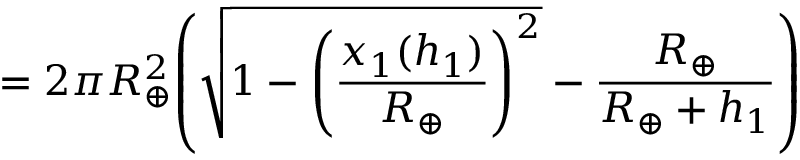
= 2 \pi { R _ { \oplus } ^ { 2 } } { \left( { { \sqrt { 1 - { \left( { \frac { x _ { 1 } ( { h _ { 1 } } ) } { R _ { \oplus } } } \right) ^ { 2 } } } } - { \frac { R _ { \oplus } } { R _ { \oplus } + { h _ { 1 } } } } } \right) }